Report of the Indian Hemp Drugs Commission, 1894-1895 - Volume III
Year: 1894
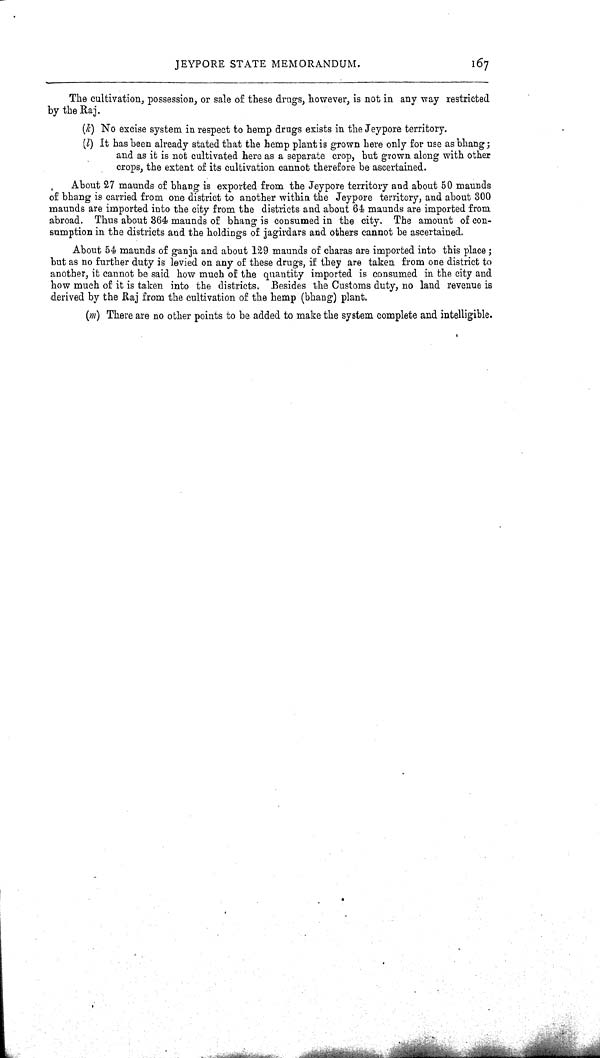
JEYPORE STATE MEMORANDUM.
167
The cultivation, possession, or sale of these drugs, however, is not in any way restricted
by the Raj.
(k)No excise system in respect to hemp drugs exists in the Jeypore territory.
(l) It has been already stated that the hemp plant is grown here only for use as bhang;
and as it is not cultivated here as a separate crop, but grown along with other
crops, the extent of its cultivation cannot therefore be ascertained.
About 27 maunds of bhang is exported from the Jeypore territory and about 50 maunds
of bhang is carried from one district to another within the Jeypore territory, and about 300
maunds are imported into the city from the districts and about 64 maunds are imported from
abroad. Thus about 364 maunds of bhang is consumed in the city. The amount of con-
sumption in the districts and the holdings of jagirdars and others cannot be ascertained.
About 54 maunds of ganja and about 129 maunds of charas are imported into this place;
but as no further duty is levied on any of these drugs, if they are taken from one district to
another, it cannot be said how much of the quantity imported is consumed in the city and
how much of it is taken into the districts. Besides the Customs duty, no land revenue is
derived by the Raj from the cultivation of the hemp (bhang) plant.
(m) There are no other points to be added to make the system complete and intelligible.